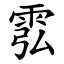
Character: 䨎